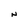
Character: N